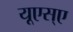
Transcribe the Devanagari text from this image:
यूएस्‌ए